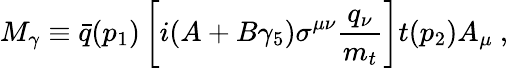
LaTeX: M_{\gamma}\equiv\bar{q}(p_{1})\left[i(A+B\gamma_{5})\sigma^{\mu\nu}\frac{q_{\nu}}{m_{t}}\right]t(p_{2})A_{\mu}\ ,